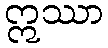
ဣဿာ